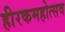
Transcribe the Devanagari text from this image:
हीरकमहोत्सव